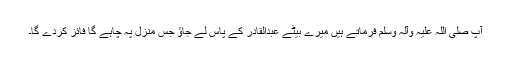
آپ صلی اللہ علیہ وآلہ وسلم فرماتے ہیں میرے بیٹے عبدالقادر کے پاس لے جاؤ جس منزل پہ چاہے گا فائز کردے گا۔